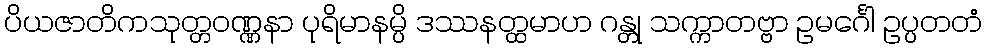
ပိယဇာတိကသုတ္တဝဏ္ဏနာ ပုရိမာနမ္ပိ ဒဿနတ္ထမာဟ ဂန္တု သက္ကာတဗ္ဗာ ဥမင်္ဂေါ ဥပ္ပတတံ